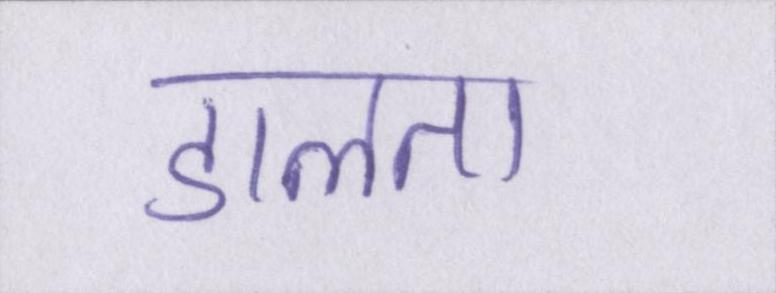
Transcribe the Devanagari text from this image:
डालता